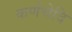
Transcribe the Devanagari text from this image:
कर्णचेदि